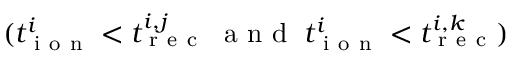
( t _ { \mathrm { ~ i ~ o ~ n ~ } } ^ { i } < t _ { \mathrm { ~ r ~ e ~ c ~ } } ^ { i , j } \; \mathrm { ~ a ~ n ~ d ~ } \; t _ { \mathrm { ~ i ~ o ~ n ~ } } ^ { i } < t _ { \mathrm { ~ r ~ e ~ c ~ } } ^ { i , k } )